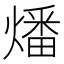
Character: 燔